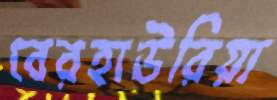
বেরহাউরিয়া